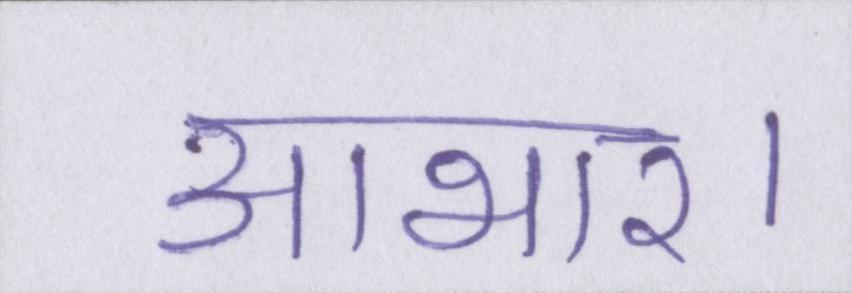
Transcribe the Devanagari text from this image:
आभार।